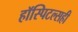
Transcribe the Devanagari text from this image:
हॉस्पिटल्सही